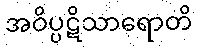
အဝိပ္ပဋိသာရောတိ